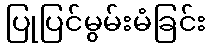
ပြုပြင်မွမ်းမံခြင်း